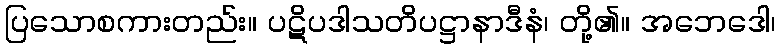
ပြသောစကားတည်း။ ပဋိပဒါသတိပဋ္ဌာနာဒီနံ၊ တို့၏။ အဘေဒေါ၊